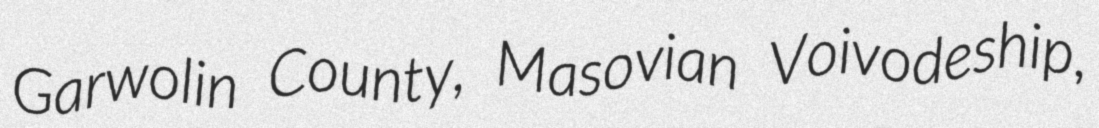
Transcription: Garwolin County, Masovian Voivodeship,